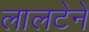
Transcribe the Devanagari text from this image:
लालटेने